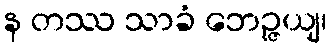
န တဿ သာခံ ဘေဉ္ဇယျ၊